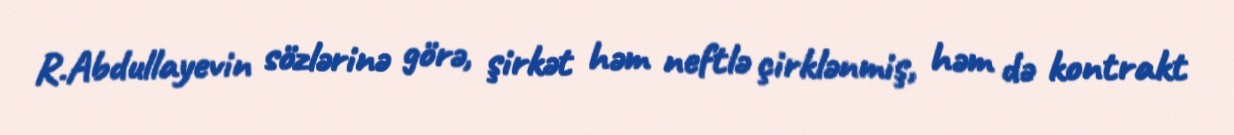
R.Abdullayevin sözlərinə görə, şirkət həm neftlə çirklənmiş, həm də kontrakt